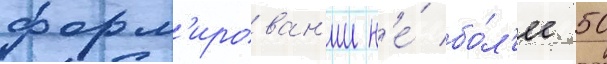
форм'ирован'ии н'е́ бо́л'ее 50